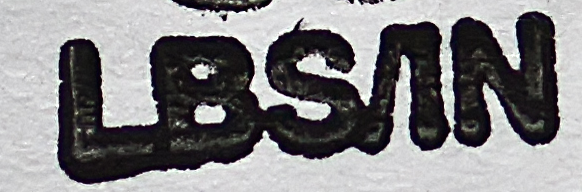
LBSAN